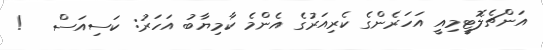
އަންޗެލޮޓީމިއީ އަހަރެންގެ ކެރިއަރުގެ އެންމެ ކާމިޔާބު އަހަރު: ކަސިއަސް   !